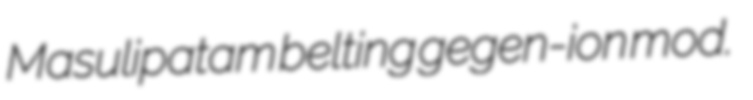
Masulipatam belting gegen-ion mod.